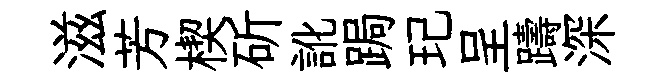
滋芳楔斫訛跼玘呈躊深